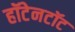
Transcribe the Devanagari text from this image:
हॉटेनटॉट